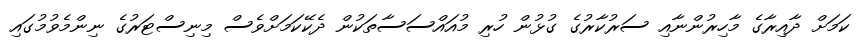
ކަމަށް ދާއިރާގެ މާހިރުންނާއި ސަރުކާރުގެ ގުޅުން ހުރި މުއައްސަސާތަކުން ދެކޭކަމަށްވެސް މިނިސްޓަރުގެ ނިންމެވުމުގައި